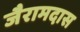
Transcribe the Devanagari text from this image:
जैरामदास